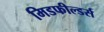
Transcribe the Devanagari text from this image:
मिडफील्‍डर्स